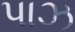
પાઝ